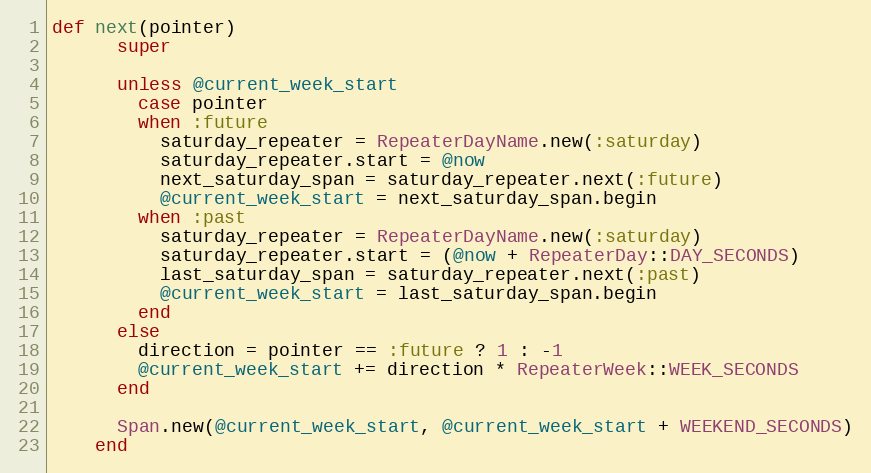
Language: Ruby
def next(pointer)
      super

      unless @current_week_start
        case pointer
        when :future
          saturday_repeater = RepeaterDayName.new(:saturday)
          saturday_repeater.start = @now
          next_saturday_span = saturday_repeater.next(:future)
          @current_week_start = next_saturday_span.begin
        when :past
          saturday_repeater = RepeaterDayName.new(:saturday)
          saturday_repeater.start = (@now + RepeaterDay::DAY_SECONDS)
          last_saturday_span = saturday_repeater.next(:past)
          @current_week_start = last_saturday_span.begin
        end
      else
        direction = pointer == :future ? 1 : -1
        @current_week_start += direction * RepeaterWeek::WEEK_SECONDS
      end

      Span.new(@current_week_start, @current_week_start + WEEKEND_SECONDS)
    end